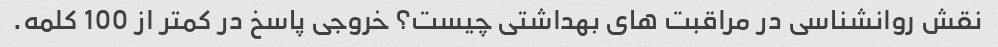
نقش روانشناسی در مراقبت های بهداشتی چیست؟ خروجی پاسخ در کمتر از 100 کلمه.